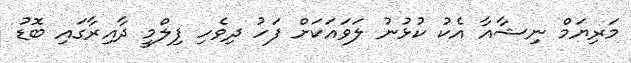
މަރިޔަމް ނިޝާއާ އެކު ކުޅުނު ލަވައަކަށް ފަހު ދިވެހި ފިލްމީ ދާއިރާގައި ބޮޑު